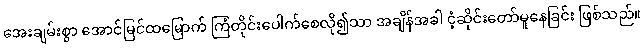
အေးချမ်းစွာ အောင်မြင်ထမြောက် ကြံတိုင်းပေါက်စေလို၍သာ အချိန်အခါ ငံ့ဆိုင်းတော်မူနေခြင်း ဖြစ်သည်။